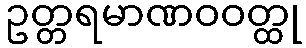
ဥတ္တရမာဏဝဝတ္ထု